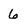
Character: 6